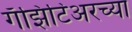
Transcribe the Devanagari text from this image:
गॅझिटिअरच्या